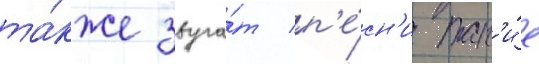
та́кже звуча́т п'е́сн'и так'и́е